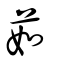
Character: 茹